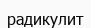
радикулит